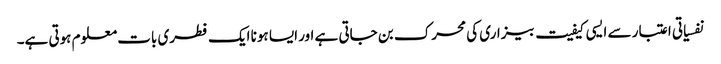
نفسیاتی اعتبار سے ایسی کیفیت بیزاری کی محرک بن جاتی ہے اور ایسا ہونا ایک فطری بات معلوم ہوتی ہے۔